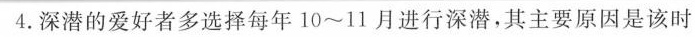
4. 深潜的爱好者多选择每年10~11月进行深潜，其主要原因是该时